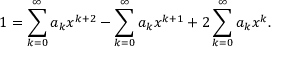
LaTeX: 1 = \sum _ { k = 0 } ^ { \infty } a _ { k } x ^ { k + 2 } - \sum _ { k = 0 } ^ { \infty } a _ { k } x ^ { k + 1 } + 2 \sum _ { k = 0 } ^ { \infty } a _ { k } x ^ { k } .